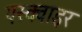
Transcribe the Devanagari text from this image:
एस्क्वाइर